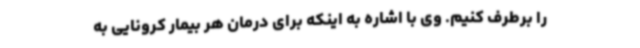
را برطرف کنیم. وی با اشاره به اینکه برای درمان هر بیمار کرونایی به